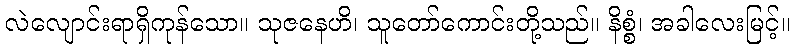
လဲလျောင်းရာရှိကုန်သော။ သုဇနေဟိ၊ သူတော်ကောင်းတို့သည်။ နိစ္စံ၊ အခါလေးမြင့်။